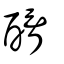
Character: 醑